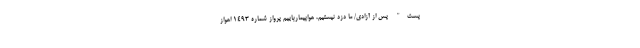
پست" پس از آزادی/ ما دزد نیستیم، هواپیمارباییم پرواز شماره ۱۴۹۳ اهواز